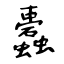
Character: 蠹